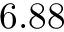
6 . 8 8